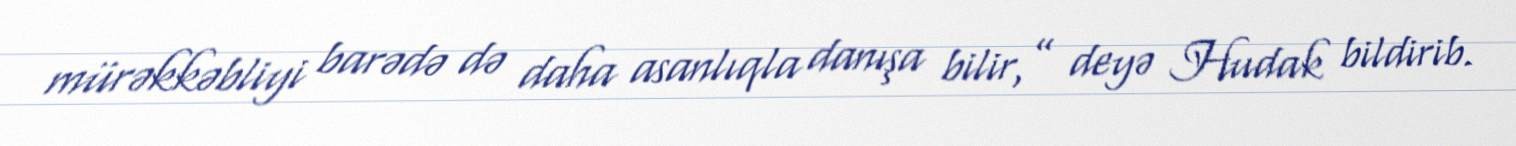
mürəkkəbliyi barədə də daha asanlıqla danışa bilir,” deyə Hudak bildirib.